Lunatic asylums in Bengal annual reports 1899-1911 - 1899-1911
Year: 1899
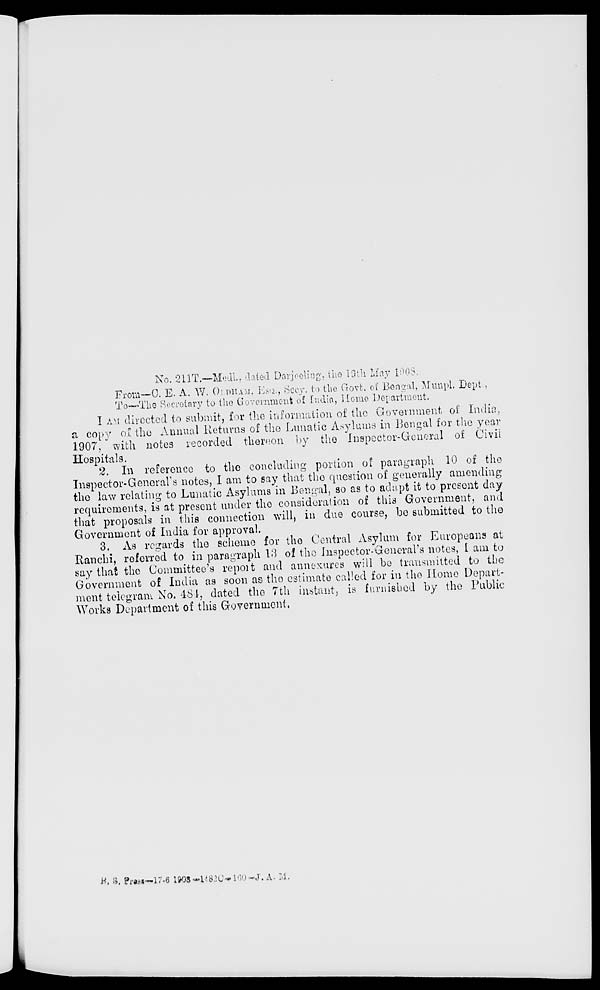
No. 211T.—Medl., dated Darjeeling, the 19th May 1908.
From—C. E. A. W. OLDHAM, ESQ., Secy. to the Govt. of Bengal, Munpl. Dept.,
To—The Secretary to the Government of India, Home Department.
I AM directed to submit, for the information of the Government of India,
a copy of the Annual Returns of the Lunatic Asylums in Bengal for the year
1907, with notes recorded thereon by the Inspector-General of Civil
Hospitals.
2. In reference to the concluding portion of paragraph 10 of the
Inspector-General's notes, I am to say that the question of generally amending
the law relating to Lunatic Asylums in Bengal, so as to adapt it to present day
requirements, is at present under the consideration of this Government, and
that proposals in this connection will, in due course, be submitted to the
Government of India for approval.
3. As regards the scheme for the Central Asylum for Europeans at
Ranchi, referred to in paragraph 13 of the Inspector-General's notes, I am to
say that the Committee's report and annexures will be transmitted to the
Government of India as soon as the estimate called for in the Home Depart-
ment telegram No. 484, dated the 7th instant, is furnished by the Public
Works Department of this Government,
R. S. Press—17-6 1908—1482C—160—J. A. M.